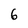
Character: 6